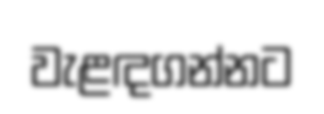
වැළඳගන්නට